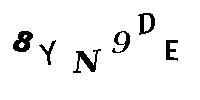
8YN9DE